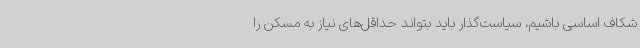
شکاف اساسی باشیم، سیاست‌گذار باید بتواند حداقل‌های نیاز به مسکن را